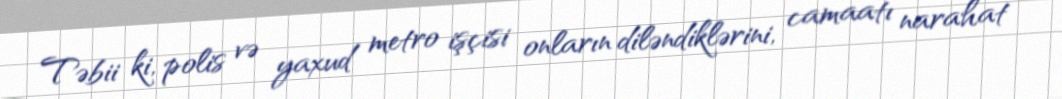
Təbii ki, polis və yaxud metro işçisi onların diləndiklərini, camaatı narahat